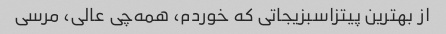
از بهترین پیتزاسبزیجاتی که خوردم، همه‌چی عالی، مرسی